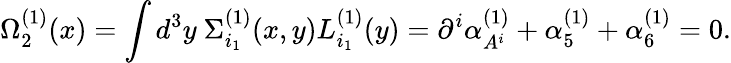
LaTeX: \Omega_{2}^{(1)}(x)=\int d^{3}y\ \Sigma_{i_{1}}^{(1)}(x,y)L_{i_{1}}^{(1)}(y)=\partial^{i}\alpha_{A^{i}}^{(1)}+\alpha_{5}^{(1)}+\alpha_{6}^{(1)}=0.